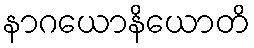
နာဂယောနိယောတိ